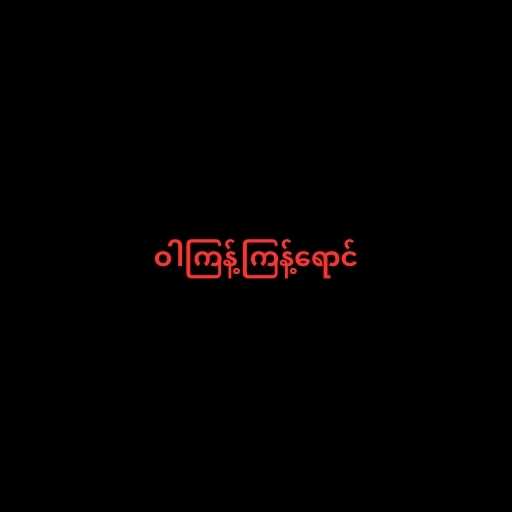
ဝါကြန့်ကြန့်ရောင်